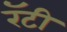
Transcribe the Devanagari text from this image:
रॅटी